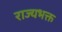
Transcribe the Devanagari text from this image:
राज्यभक्त